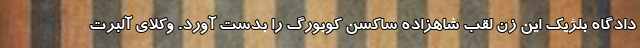
دادگاه بلژیک این زن لقب شاهزاده ساکسن کوبورگ را بدست آورد. وکلای آلبرت